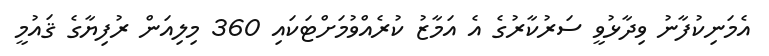
އެމަނިކުފާނު ވިދާޅުވީ ސަރުކާރުގެ އެ އަމާޒު ކުރެއްވުމަށްޓަކައި 360 މިލިއަން ރުފިޔާގެ ޤައުމީ